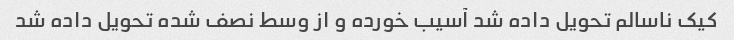
کیک ناسالم تحویل داده شد آسیب خورده و از وسط نصف شده تحویل داده شد